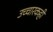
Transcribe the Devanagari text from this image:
उच्चारकही